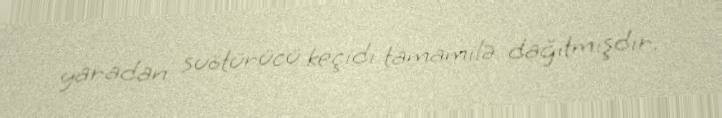
yaradan suötürücü keçidi tamamilə dağıtmışdır.